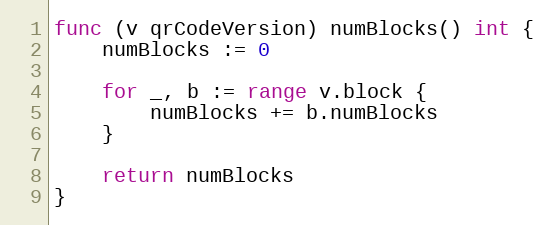
Language: Go
func (v qrCodeVersion) numBlocks() int {
	numBlocks := 0

	for _, b := range v.block {
		numBlocks += b.numBlocks
	}

	return numBlocks
}